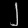
Digit: ၂